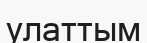
улаттым